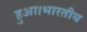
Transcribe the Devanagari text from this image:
हुआ।भारतीय